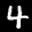
Label: 4